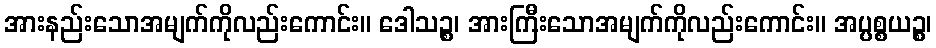
အားနည်းသောအမျက်ကိုလည်းကောင်း။ ဒေါသဉ္စ၊ အားကြီးသောအမျက်ကိုလည်းကောင်း။ အပ္ပစ္စယဉ္စ၊